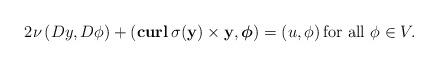
LaTeX: \begin{align*}2\nu\left(Dy,D\phi\right)+\left( \mathbf{curl}\, \sigma(\mathbf y)\times \mathbf y, \boldsymbol\phi\right)=\left( u, \phi\right) \mbox{for all} \ \phi\in V.\end{align*}